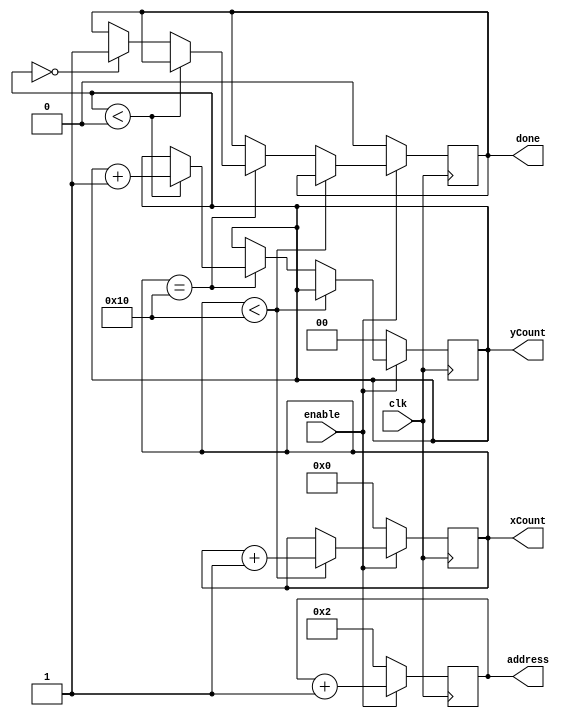
module draw_gridhor (clk, enable, xCount, yCount, address, done); 
//17x1
	input clk, enable;
	output 	reg [4:0]xCount;
	output 	reg [1:0]yCount;
	output reg [4:0]address;
	output reg done;
	
	initial begin
	xCount = 0;
	yCount = 0;
	address = 2;
	end	
	
	always @ (posedge clk)
	begin
	if (enable) begin
		if (xCount < 5'd16)
		         xCount <= xCount +1;
		else if (xCount==5'd16) begin
			if (yCount<2'd0) begin
				//xCount<=0;
				yCount<=yCount+1;
			end
			else if (yCount==2'd0) done<=1; 
		end
		address <= address+5'b1;
		end
	    else begin 
		done <= 0; 
		xCount = 0;
		yCount = 0;
		address <= 2;
		end
	end
endmodule 


 	 

module draw_gridver (clk, enable, xCount, yCount, address, done); 
//1x19
	input clk, enable;
	output 	reg [1:0]xCount;
	output 	reg [4:0]yCount;
	output reg [4:0]address;
	output reg done;
	
	initial begin
	xCount = 0;
	yCount = 0;
	address = 2;
	end	
	
	always @ (posedge clk)
	begin
	if (enable) begin
		if (xCount < 2'd0)
		         xCount <= xCount +1;
			
		else if (xCount==2'd0) begin
			if (yCount<5'd18) begin
				//xCount<=0;
				yCount<=yCount+1;
			end
			else if (yCount==5'd18) done<=1; 
		end
		address <= address+5'b1;
		end
	    else begin 
		done <= 0; 
		xCount = 0;
		yCount = 0;
		address <= 2;
		end
	end
endmodule